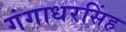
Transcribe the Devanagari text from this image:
गंगाधरसिंह